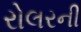
રોલરની